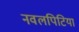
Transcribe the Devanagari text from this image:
नवलपिटिया